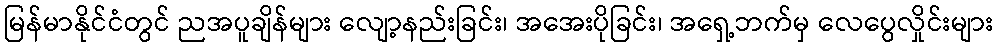
မြန်မာနိုင်ငံတွင် ညအပူချိန်များ လျော့နည်းခြင်း၊ အအေးပိုခြင်း၊ အရှေ့ဘက်မှ လေပွေလှိုင်းများ